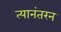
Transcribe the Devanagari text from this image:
त्यानंतरन